Vaccination North-Western Provinces and Oudh 1878-1895 - 1878-1895
Year: 1878
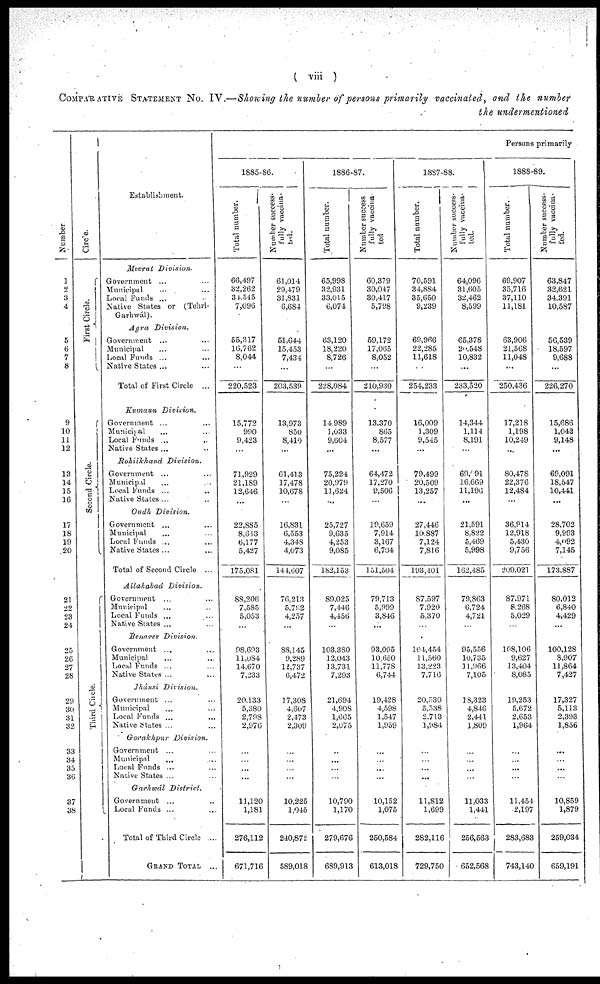
( viii )
COMPARATIVE STATEMENT No. IV.—Showing the number of persons primarily vaccinated, and the number
the undermentioned
Number
1
2
3
4
5
6
7
8
9
10
11
12
13
14
15
16
17
18
19
20
21
22
23
24
25
26
27
28
29
30
31
32
33
34
35
36
37
38
Circle.
First Circle.
Second Circle.
Third Circle.
Establishment.
Meerut
Division.
Government ... ...
Municipal ... ...
Local Funds ... ...
Native States or (Tehri-
Garliwál).
Agra
Division.
Government ... ...
Municipal ... ...
Local Funds ... ...
Native States ... ...
Total of First Circle ...
Kumaun
Division.
Government ... ...
Municipal ... ...
Local Funds ... ...
Native States ... ...
Rohilkhand
Division.
Government ... ...
Municipal ... ...
Local Funds ... ...
Native States ... ...
Oudh
Division.
Government ... ...
Municipal ... ...
Local Funds ... ...
Native States ... ...
Total of Second Circle ...
Allahabad
Division.
Government ... ...
Municipal ... ...
Local Funds ... ...
Native States ... ...
Benares
Division.
Government ... ...
Municipal ... ...
Local Funds ... ...
Native States ... ...
Jhánsi
Division.
Government ... ...
Municipal ... ...
Local Funds ... ...
Native States ... ...
Gorakhpur
Division.
Government ... ...
Municipal ... ...
Local Funds ... ...
Native States ... ...
Garhwál
District.
Government ... ...
Local Funds ... ...
Total of Third Circle ....
GRAND TOTAL ...
Persons primarily
1885-86.
Total number.
66,497
32,262
34,545
7,096
55,317
16,762
8,044
...
220,523
15,772
990
9,423
...
71,929
21,189
12,646
...
22,885
8,643
6,177
5,427
175,081
88,206
7,585
5,053
...
98,693
11,084
14,670
7,233
20,133
5,380
2,798
2,976
...
...
...
...
11,120
1,181
276,112
671,716
Number success-
fully vaccina-
ted.
61,014
29,479
31,831
6,684
51,644
15,453
7,434
...
203,539
13,973
850
8,410
...
61,413
17,478
10,678
...
16,831
6,553
4,348
4,073
144,607
76,213
5,792
4,257
...
88,145
9,289
12,737
6,472
17,308
4,607
2,473
2,309
...
...
...
...
10,225
1,045
240,872
589,018
1886-87.
Total number.
65,998
32,931
33,015
6,074
63,120
18,220
8,726
...
228,084
14,989
1,033
9,604
...
75,224
20,979
11,624
...
25,727
9,635
4,253
9,085
182,153
89,025
7,446
4,456
...
103,380
12,043
13,731
7,293
21,694
4,908
1,665
2,075
...
...
...
...
10,790
1,170
279,676
689,913
Number success
fully vaccina-
ted
60,379
30,047
30,417
5,798
59,172
17,065
8,052
...
210,930
13,370
865
8,577
...
64,472
17,270
9,506
...
19,659
7,914
3,167
6,704
151,504
79,713
5,999
3,846
...
93,095
10,650
11,778
6,744
19,428
4,598
1,547
1,959
...
...
...
...
10,152
1,075
250,584
613,018
1887-88.
Total number.
70,591
34,884
35,650
9,239
69,966
22,285
11,618
...
254,233
16,009
1,309
9,545
...
79,499
20,509
13,257
...
27,446
10,887
7,124
7,816
193,401
87,597
7,920
5,370
...
104,454
11,560
13,223
7,716
20,530
5,538
2,713
1,984
...
...
...
...
11,812
1,699
282,116
729,750
Number success-
fully vaccina-
ted.
64,096
31,605
32,462
8,599
65,378
20,548
10,832
...
233,520
14,344
1,114
8,191
...
69,091
16,669
11,196
...
21,591
8,822
5,469
5,998
162,485
79,863
6,724
4,721
...
95,556
10,735
11,966
7,105
18,323
4,846
2,441
1,809
...
...
...
...
11,033
1,441
256,563
652,568
1888-89.
Total number.
69,907
35,716
37,110
11,181
63,906
21,568
11,048
...
250,436
17,218
1,198
10,249
...
80,478
22,376
12,484
...
36,914
12,918
5,430
9,756
209,021
87,971
8,268
5,029
...
108,106
9,627
13,404
8,085
19,253
5,672
2,653
1,964
...
...
...
...
11,454
2,197
283,683
743,140
Number success-
fully vaccina-
ted.
63,847
32,621
34,391
10,587
56,539
18,597
9,688
...
226,270
15,686
1,042
9,148
...
69,091
18,547
10,441
...
28,702
9,993
4,092
7,145
173,887
80,012
6,840
4,429
...
100,128
8,907
11,864
7,427
17,327
5,113
2,393
1,856
...
...
...
...
10,859
1,879
259,034
659,191